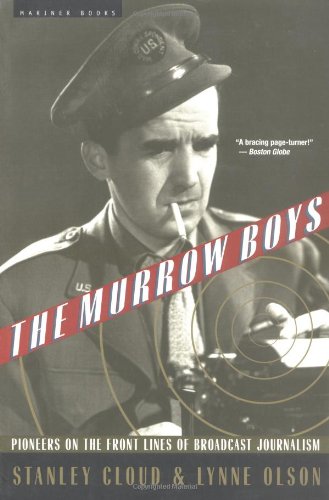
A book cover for The Murrow Boys: Pioneers on the Front Lines of Broadcast Journalism; Lynne Olson; Humor & Entertainment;